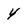
Character: 4